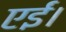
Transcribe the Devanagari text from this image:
एईं।